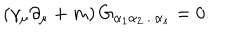
\left( \gamma _ { \mu } \partial _ { \mu } + m \right) G _ { \alpha _ { 1 } \alpha _ { 2 } . . . \alpha _ { s } } = 0 .